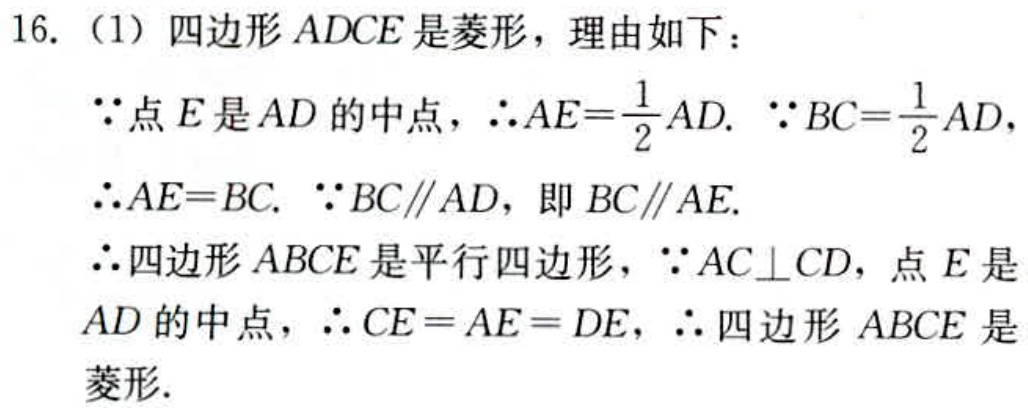
16.（1）四边形\(ADCE\)是菱形，理由如下：
\(\because\)点\(E\)是\(AD\)的中点，\(\therefore AE = \frac{1}{2}AD\). \(\because BC=\frac{1}{2}AD\)，
\(\therefore AE = BC\). \(\because BC\parallel AD\)，即\(BC\parallel AE\).
\(\therefore\)四边形\(ABCE\)是平行四边形，\(\because AC\perp CD\)，点\(E\)是\(AD\)的中点，\(\therefore CE = AE = DE\)，\(\therefore\)四边形\(ABCE\)是菱形.